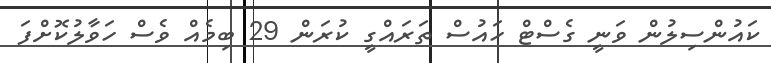
ކައުންސިލުން ވަނީ ގެސްޓް ހައުސް ތަރައްގީ ކުރަން 29 ބިމެއް ވެސް ހަވާލުކޮށްފަ